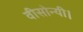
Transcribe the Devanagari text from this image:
वीसोन्यी।